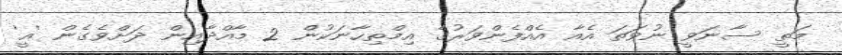
މަތީ ސާނަވީ ނުވަތަ އެއާ އެއްފެންވަރުގެ އިމްތިހާނަކުން 2 މާއްދާއިން ދަށްވެގެން 'އީ'